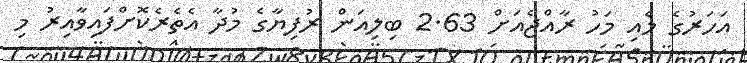
އަހަރުގެ މެއި މަހު ރާއްޖެއަށް 2.63 ބިލިއަން ރުފިޔާގެ މުދާ އެތެރެކޮށްފައިވާއިރު މި